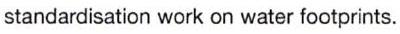
standardisation work on water footprints.